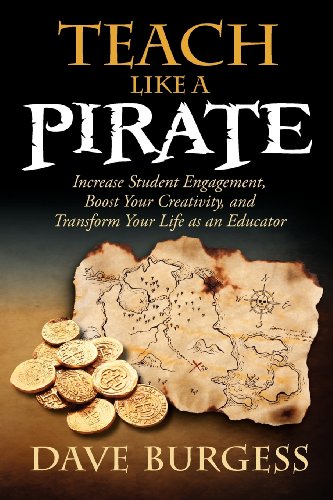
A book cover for Teach Like a Pirate: Increase Student Engagement, Boost Your Creativity, and Transform Your Life as an Educator; Dave Burgess; Education & Teaching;